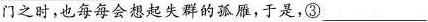
门之时，也每每会想起失群的孤雁，于是，③___